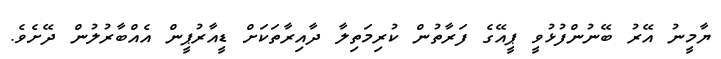
ޔާމީނު އޭރު ބޭނުންފުޅުވީ ޕީއޭގެ ފަރާތުން ކުރިމަތިލާ ދާއިރާތަކަށް ޑީއާރުޕީން އެއްބާރުލުން ދޭށެވެ.